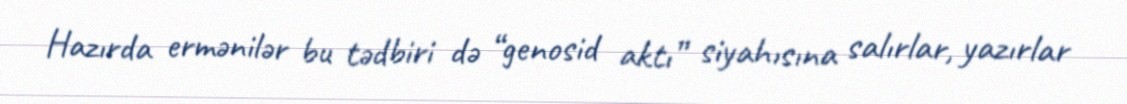
Hazırda ermənilər bu tədbiri də “genosid aktı” siyahısına salırlar, yazırlar